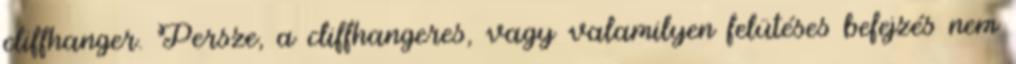
cliffhanger. Persze, a cliffhangeres, vagy valamilyen felütéses befejzés nem